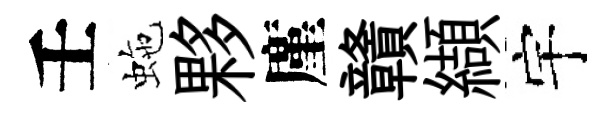
壬虵夥廑贛纈宇